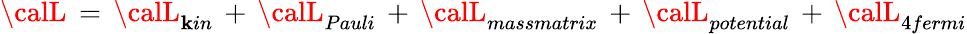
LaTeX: {\calL}\, =\, {\calL}_{\mathbf{k}in}\, +\, {\calL}_{Pauli}\, +\, {\calL}_{massmatrix}\, +\, {\calL}_{potential}\, +\, {\calL}_{4fermi}